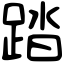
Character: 踏